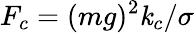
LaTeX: F_{c}=(mg)^{2}\mathit{k}_{c}/\sigma